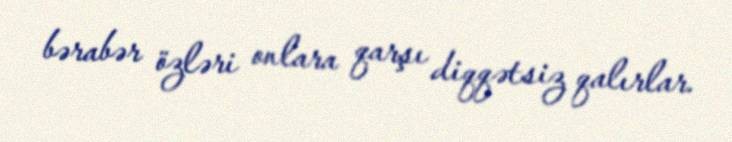
bərabər özləri onlara qarşı diqqətsiz qalırlar.